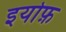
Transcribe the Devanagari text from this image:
इयोफ़